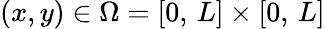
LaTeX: (x,y)\in\Omega=[0,\, L]\times[0,\, L]